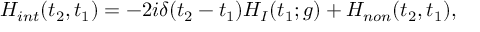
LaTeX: H _ { i n t } ( t _ { 2 } , t _ { 1 } ) = - 2 i \delta ( t _ { 2 } - t _ { 1 } ) H _ { I } ( t _ { 1 } ; g ) + H _ { n o n } ( t _ { 2 } , t _ { 1 } ) ,